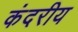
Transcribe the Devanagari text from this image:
कंदरीय